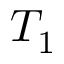
T _ { 1 }